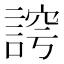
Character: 𮘛